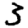
Digit: 3